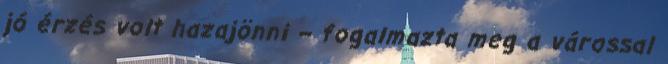
jó érzés volt hazajönni – fogalmazta meg a várossal